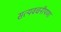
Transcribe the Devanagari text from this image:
सत्यवचनीपणा